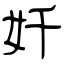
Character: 奷